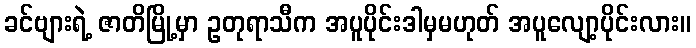
ခင်ဗျားရဲ့ ဇာတိမြို့မှာ ဥတုရာသီက အပူပိုင်းဒါမှမဟုတ် အပူလျော့ပိုင်းလား။